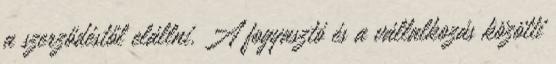
a szerződéstől elállni. A fogyasztó és a vállalkozás közötti